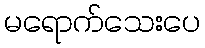
မရောက်သေးပေ